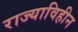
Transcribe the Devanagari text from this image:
राज्याविहीन